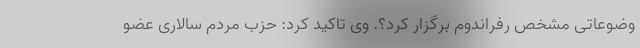
وضوعاتی مشخص رفراندوم برگزار کرد؟. وی تاکید کرد: حزب مردم سالاری عضو